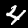
Digit: 4